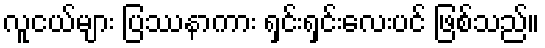
လူငယ်များ ပြဿနာကား ရှင်းရှင်းလေးပင် ဖြစ်သည်။